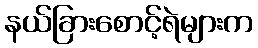
နယ်ခြားစောင့်ရဲများက